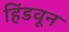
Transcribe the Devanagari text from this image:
हिंडवून